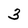
Character: 3